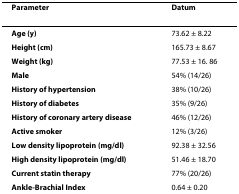
<table><thead><tr><td><b>Parameter</b></td><td><b>Datum</b></td></tr></thead><tbody><tr><td><b>Age (y)</b></td><td>73.62 ± 8.22</td></tr><tr><td><b>Height (cm)</b></td><td>165.73 ± 8.67</td></tr><tr><td><b>Weight (kg)</b></td><td>77.53 ± 16. 86</td></tr><tr><td><b>Male</b></td><td>54% (14/26)</td></tr><tr><td><b>History of hypertension</b></td><td>38% (10/26)</td></tr><tr><td><b>History of diabetes</b></td><td>35% (9/26)</td></tr><tr><td><b>History of coronary artery disease</b></td><td>46% (12/26)</td></tr><tr><td><b>Active smoker</b></td><td>12% (3/26)</td></tr><tr><td><b>Low density lipoprotein (mg/dl)</b></td><td>92.38 ± 32.56</td></tr><tr><td><b>High density lipoprotein (mg/dl)</b></td><td>51.46 ± 18.70</td></tr><tr><td><b>Current statin therapy</b></td><td>77% (20/26)</td></tr><tr><td><b>Ankle-Brachial Index</b></td><td>0.64 ± 0.20</td></tr></tbody></table>